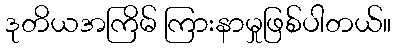
ဒုတိယအကြိမ် ကြားနာမှုဖြစ်ပါတယ်။